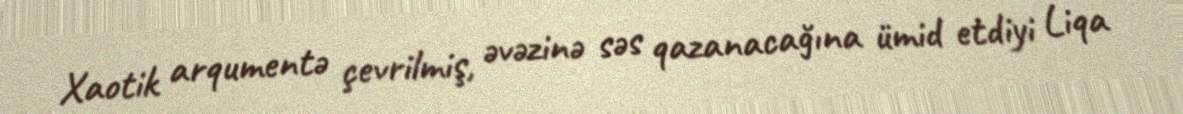
Xaotik arqumentə çevrilmiş, əvəzinə səs qazanacağına ümid etdiyi Liqa